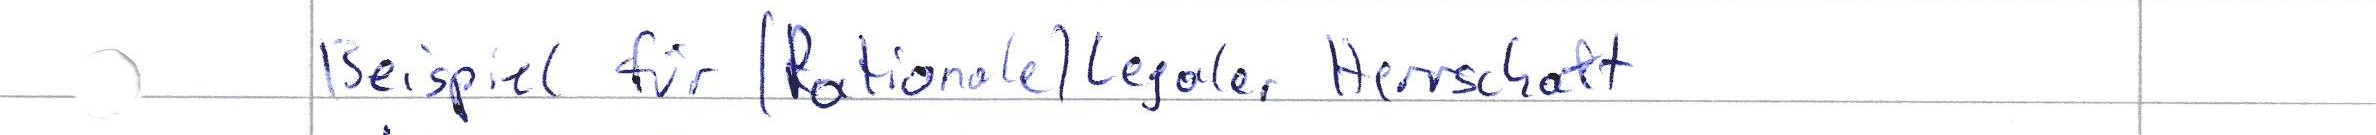
Beispiel für (Rationale) Legaler Herrschaft